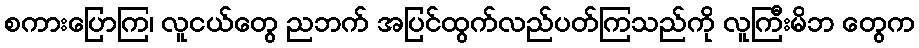
စကားပြောကြ၊ လူငယ်တွေ ညဘက် အပြင်ထွက်လည်ပတ်ကြသည်ကို လူကြီးမိဘ တွေက